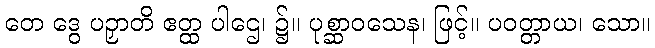
တေ ဒွေ ပဉှာတိ ဧတ္ထ ပါဌေ၊ ၌။ ပုစ္ဆာဝသေန၊ ဖြင့်။ ပဝတ္တာယ၊ သော။